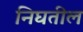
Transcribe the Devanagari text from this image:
निघतील